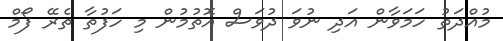
މުއްދަތު ހަމަވާން އަދި ނުވަ ދުވަސް އޮތުމުން މި ހަފުތާ ތެރޭ ފޯމް